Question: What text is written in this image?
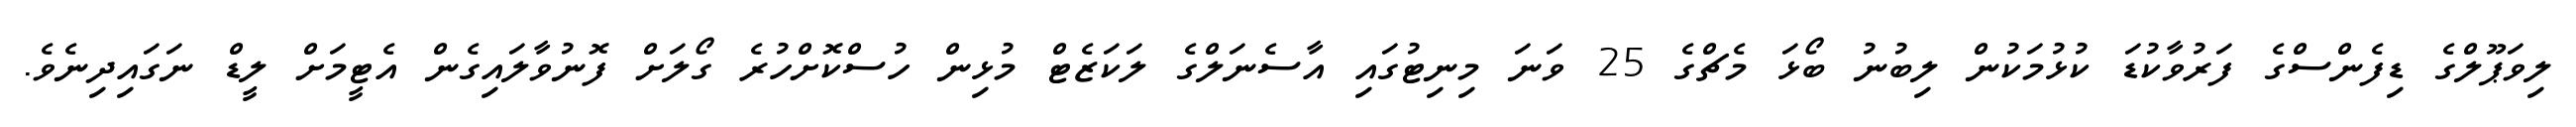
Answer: ލިވަޕޫލްގެ ޑިފެންސްގެ ފަރުވާކުޑަ ކުޅުމަކުން ލިބުނު ބޯޅަ މެޗްގެ 25 ވަނަ މިނިޓުގައި އާސެނަލްގެ ލަކަޒެޓް މުޅިން ހުސްކޮށްހުރެ ގޯލަށް ފޮނުވާލައިގެން އެޓީމަށް ލީޑް ނަގައިދިނެވެ.